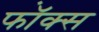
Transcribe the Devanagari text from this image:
फॉ़क्स